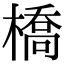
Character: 橋